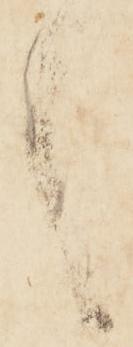
言